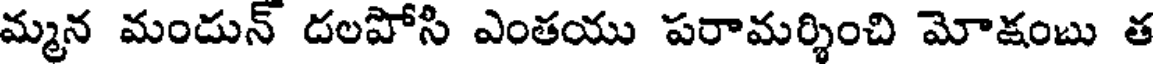
మ్మన మందున్ దలపోసి ఎంతయు పరామర్శించి మోక్షంబు త